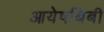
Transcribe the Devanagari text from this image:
आयेषबिबी